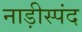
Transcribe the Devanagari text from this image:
नाड़ीस्पंद